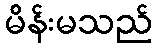
မိန်းမသည်